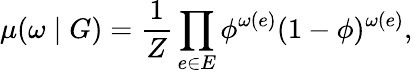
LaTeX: \mu(\omega\mid G)=\frac{1}{Z}\prod_{e\in E}\phi^{\omega(e)}(1-\phi)^{\omega(e)},